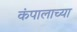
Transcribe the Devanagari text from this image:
कंपालाच्या